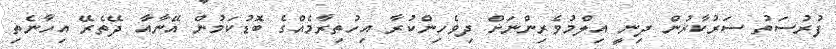
ފުރުސަތު ސަރުކާރުން ދިނީ އިލްމުވެރިންނަށް ދިވެހިންކުރާ އިހުތިރާމެއްގެ ބޮޑުކަމުން އޭނާއާ ދޭތެރޭ އިހާނެތި